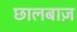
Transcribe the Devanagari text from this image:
छालबाज़